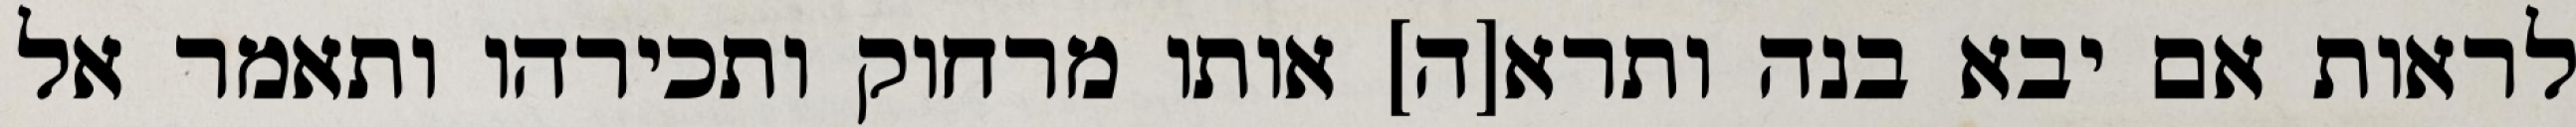
לראות אם יבא בנה ותרא[ה] אותו מרחוק ותכירהו ותאמר אל